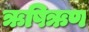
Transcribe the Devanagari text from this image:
ऋषिऋण